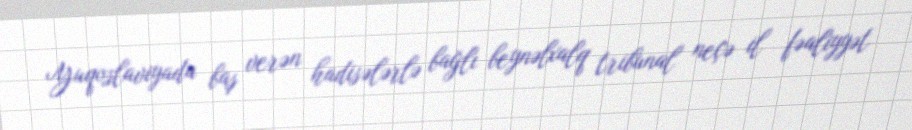
Yuqoslaviyada baş verən hadisələrlə bağlı beynəlxalq tribunal neçə il fəaliyyət